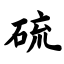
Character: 硫